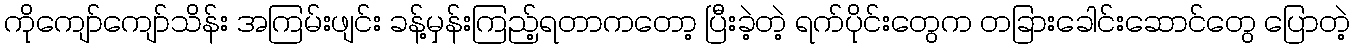
ကိုကျော်ကျော်သိန်း အကြမ်းဖျင်း ခန့်မှန်းကြည့်ရတာကတော့ ပြီးခဲ့တဲ့ ရက်ပိုင်းတွေက တခြားခေါင်းဆောင်တွေ ပြောတဲ့